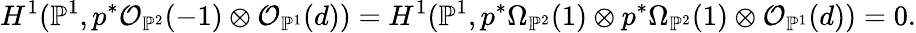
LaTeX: H^{1}({\mathbb{P}}^{1},p^{*}{\mathcal O}_{{\mathbb{P}}^{2}}(-1)\otimes{\mathcal O}_{{\mathbb{P}}^{1}}(d))=H^{1}({\mathbb{P}}^{1},p^{*}\Omega_{{\mathbb{P}}^{2}}(1)\otimes p^{*}\Omega_{{\mathbb{P}}^{2}}(1)\otimes{\mathcal O}_{{\mathbb{P}}^{1}}(d))=0.